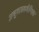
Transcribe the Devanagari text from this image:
अनुवादकवैश्विक